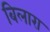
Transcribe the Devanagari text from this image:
बिलारा